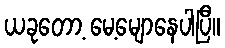
ယခုတော့ မေ့မျောနေပါပြီ။